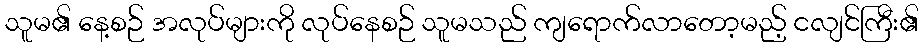
သူမ၏ နေ့စဉ် အလုပ်များကို လုပ်နေစဉ် သူမသည် ကျရောက်လာတော့မည့် ငလျင်ကြီး၏